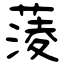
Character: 蔆